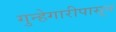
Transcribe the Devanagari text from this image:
गुन्हेगारीपासून